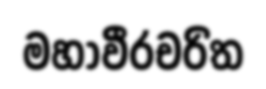
මහාවීරචරිත